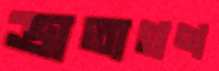
ভ্রাতাগণ